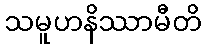
သမူဟနိဿာမီတိ